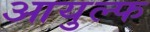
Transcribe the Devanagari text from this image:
आयुल्फ